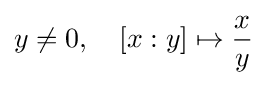
y\neq 0,\quad [x:y]\mapsto {\frac {x}{y}}